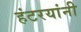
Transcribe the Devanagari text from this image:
हंटरयांनी